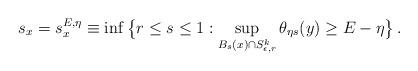
LaTeX: \begin{align*}s_x=s^{E,\eta}_x \equiv \inf\big\{r\leq s\leq 1: \sup_{B_s(x)\cap S^k_{\epsilon,r}}\theta_{\eta s}(y)\geq E-\eta\big\}\, .\end{align*}